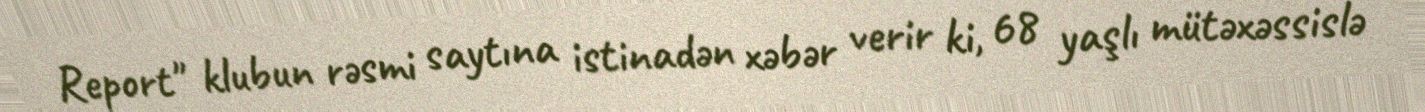
Report" klubun rəsmi saytına istinadən xəbər verir ki, 68 yaşlı mütəxəssislə